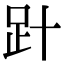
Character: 𧾽